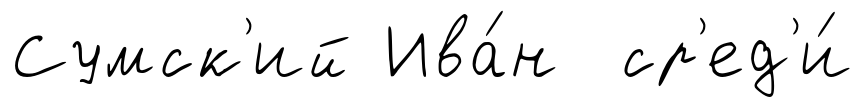
Сумск'ий Ива́н ср'ед'и́